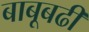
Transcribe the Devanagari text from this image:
बाबूबढी